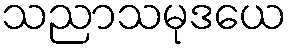
သညာသမုဒယေ